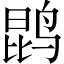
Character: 鹍